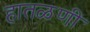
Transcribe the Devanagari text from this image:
हातळणी